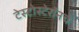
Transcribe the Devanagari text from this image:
टेस्टोस्टेरॉनचे